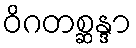
ဝိဂတစ္ဆန္ဒာ